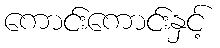
ကောင်းကောင်းနှင့်